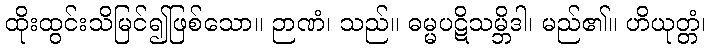
ထိုးထွင်းသိမြင်၍ဖြစ်သော။ ဉာဏံ၊ သည်။ ဓမ္မပဋိသမ္ဘိဒါ၊ မည်၏။ ဟိယုတ္တံ၊